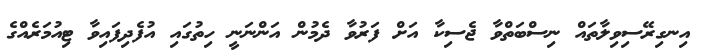
އިނގިރޭސިވިލާތައް ނިސްބަތްވާ ޖެސިކާ އަށް ފަރުވާ ދެމުން އަންނަނީ ހިތުގައި އުފެދިފައިވާ ޓިއުމަރެއްގެ